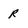
Character: R